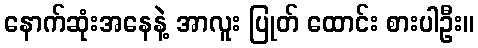
နောက်ဆုံးအနေနဲ့ အာလူး ပြုတ် ထောင်း စားပါဦး။